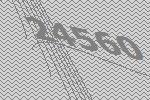
24560